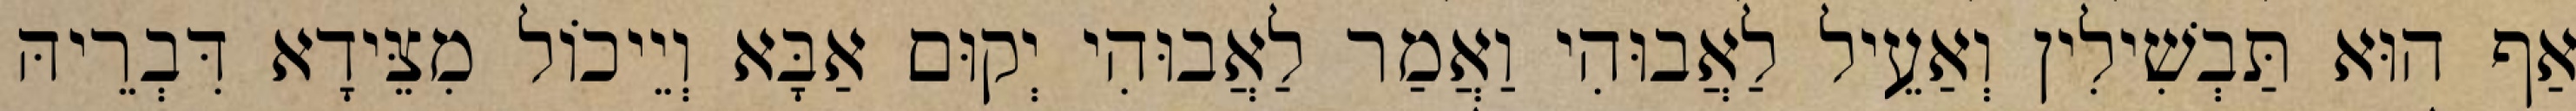
אַף הוּא תַּבְשִׁילִין וְאַעֵיל לַאֲבוּהִי וַאֲמַר לַאֲבוּהִי יְקוּם אַבָּא וְיֵיכוֹל מִצֵּידָא דִּבְרֵיהּ